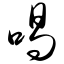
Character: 喝